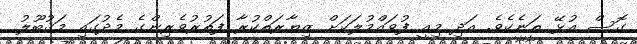
ގޮސް އުޅޭ ތަނެކެވެ. އަދި މިއީ ފުވައްމުލަކަށް ޒިޔާރަތްކުރާ ފަތުރުވެރިންގެ މެދުގައި މަޤުބޫލު